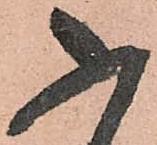
ふ